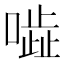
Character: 𠾜